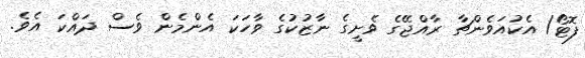
ފޮޓޯ/ އެކުއަވެންޗާ ރާއްޖޭގެ ވެށީގެ ނާޒުކުގެ ވާހަކަ އެންމެން ވެސް ދައްކަ އެވެ.